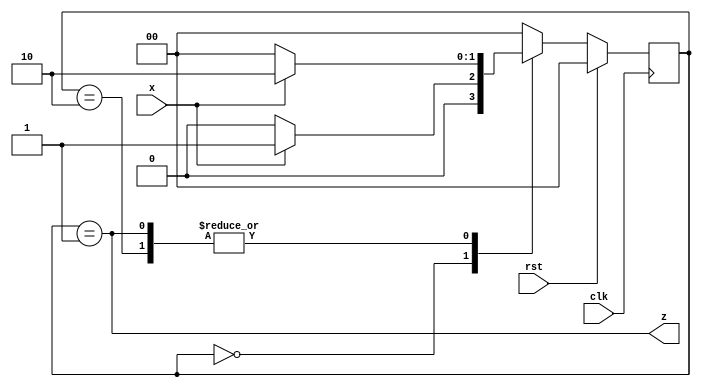
`timescale 1ns / 1ps
//////////////////////////////////////////////////////////////////////////////////
// Company: 
// Engineer: 
// 
// Design Name: 
// Module Name: risingEdgeDetector
// Project Name: 
// Target Devices: 
// Tool Versions: 
// Description: 
// 
// Dependencies: 
// 
// Revision:
// Revision 0.01 - File Created
// Additional Comments:
// 
//////////////////////////////////////////////////////////////////////////////////


module risingEdgeDetector(input clk, rst, x, output z);
reg[1:0] state, next_state;
parameter [1:0] a = 2'b00;
parameter [1:0] b = 2'b01;
parameter [1:0] c = 2'b10;

always @ (state, x) begin
case(state)
a: if(x==0) next_state = a;
else next_state = b;
b: if(x==0) next_state = a;
else next_state = c;
c: if(x==0) next_state = a;
else next_state = c;
default: next_state = a;
endcase
end

always @ (posedge clk) begin
if(rst == 1) state <= a;
else state <= next_state;
end

assign z = (state == b);

endmodule